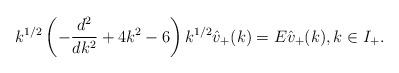
LaTeX: \begin{align*}k^{1/2} \left( - \frac{d^2}{d k^2} + 4 k^2 - 6 \right) k^{1/2} \hat{v}_+(k) = E \hat{v}_+(k), k \in I_+.\end{align*}